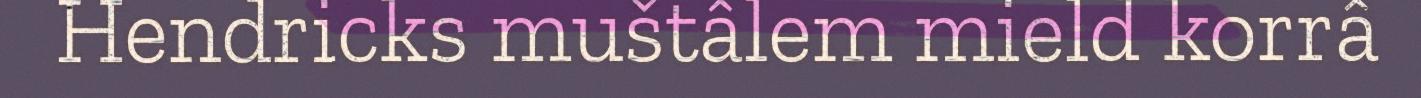
Hendricks muštâlem mield korrâ